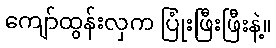
ကျော်ထွန်းလှက ပြုံးဖြီးဖြီးနဲ့။